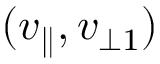
( v _ { \parallel } , v _ { \perp 1 } )